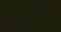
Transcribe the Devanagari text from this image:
मैकलेन्नान